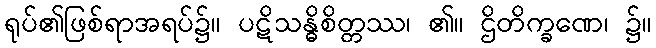
ရုပ်၏ဖြစ်ရာအရပ်၌။ ပဋိသန္ဓိစိတ္တဿ၊ ၏။ ဌိတိက္ခဏေ၊ ၌။